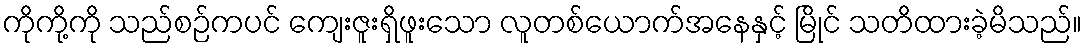
ကိုကို့ကို သည်စဉ်ကပင် ကျေးဇူးရှိဖူးသော လူတစ်ယောက်အနေနှင့် မြိုင် သတိထားခဲ့မိသည်။